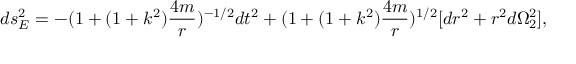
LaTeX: d s _ { E } ^ { 2 } = - ( 1 + ( 1 + k ^ { 2 } ) \frac { 4 m } { r } ) ^ { - 1 / 2 } d t ^ { 2 } + ( 1 + ( 1 + k ^ { 2 } ) \frac { 4 m } { r } ) ^ { 1 / 2 } [ d r ^ { 2 } + r ^ { 2 } d \Omega _ { 2 } ^ { 2 } ] ,